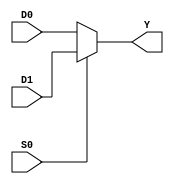
module CC_MX2 (
	input  D0, D1,
	input  S0,
	output Y
);
	assign Y = S0 ? D1 : D0;
endmodule